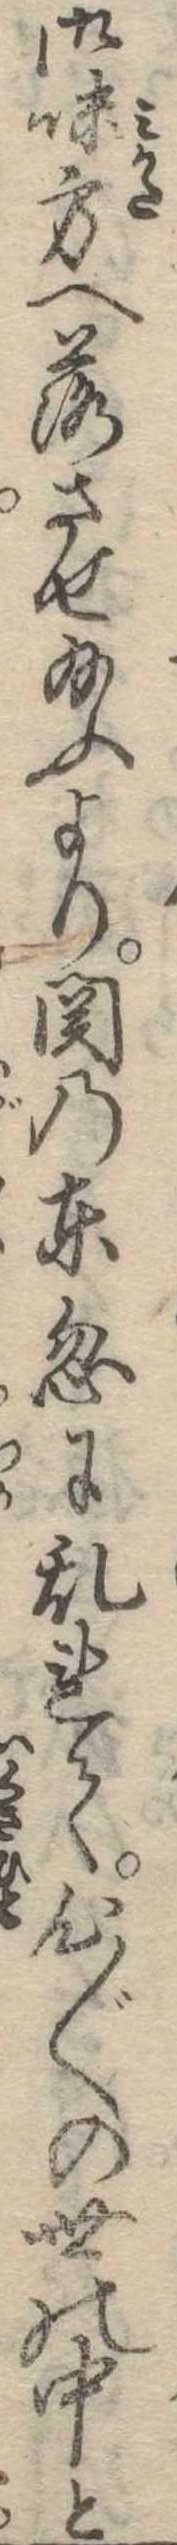
御味方へ落させ給ふより関の東忽に乱れて心〱の世の中と